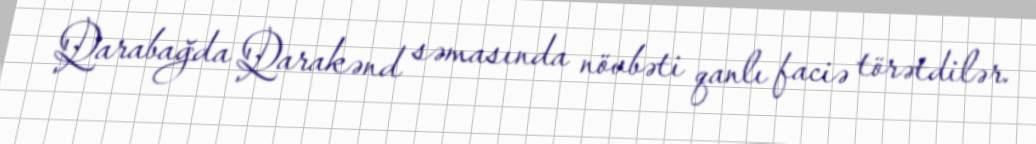
Qarabağda Qarakənd səmasında növbəti qanlı faciə törətdilər.